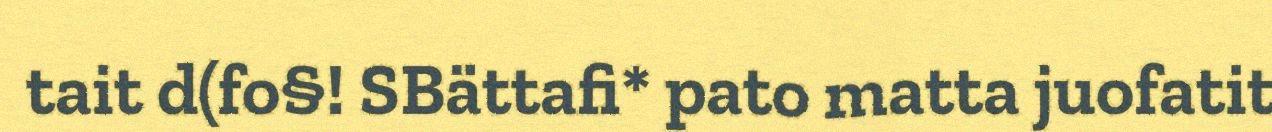
tait d(fo§! SBättafi* pato matta juofatit